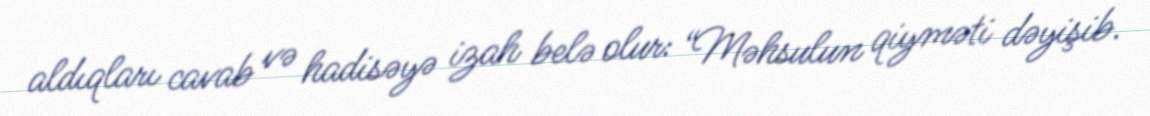
aldıqları cavab və hadisəyə izah belə olur: “Məhsulun qiyməti dəyişib.